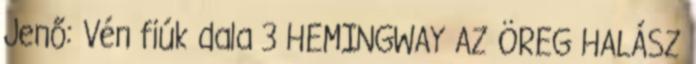
Jenő: Vén fiúk dala 3 HEMINGWAY AZ ÖREG HALÁSZ